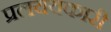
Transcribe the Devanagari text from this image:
प्रलययकारी